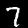
Label: 7